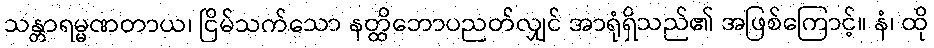
သန္တာရမ္မဏတာယ၊ ငြိမ်သက်သော နတ္ထိဘောပညတ်လျှင် အာရုံရှိသည်၏ အဖြစ်ကြောင့်။ နံ၊ ထို